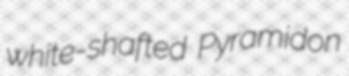
white-shafted Pyramidon